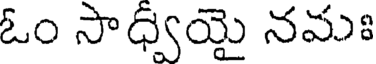
ఓం సాధ్వియై నమః